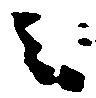
之